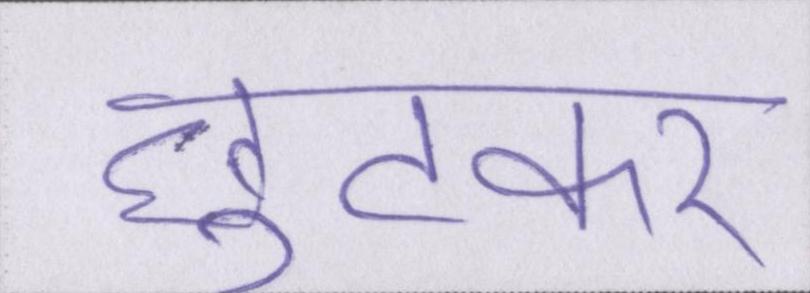
छुटकर